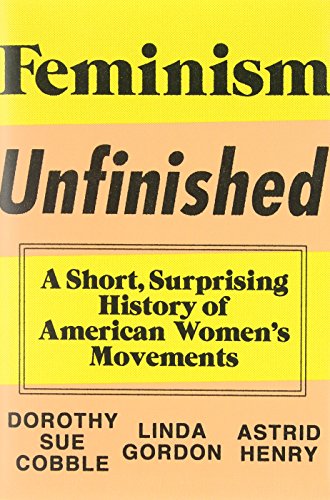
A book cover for Feminism Unfinished: A Short, Surprising History of American WomenEEs Movements; Dorothy Sue Cobble; Gay & Lesbian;